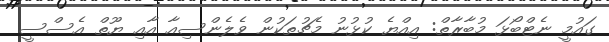
ގައުމީ ނެޓްބޯޅަ މުބާރާތް: އިއްޔެ ކުޅުނު މެޗުތަކުން ވެލެންސިއާ އާއި ޔޫތް އެސްސީ